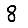
Digit: 8